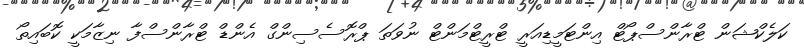
ކަލެކްޝަން ޓްރާންސްޕޯޓް އިންޓަމީޑިއަރީ ޓްރީޓްމަންޓް ނުވަތަ ޕްރޮސެސިންގް އެންޑް ޓްރާންސްފާ ނިޒާމަކީ ކޮބައިތޯ